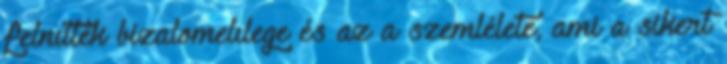
felnıttek bizalomelılege és az a szemlélete, ami a sikert